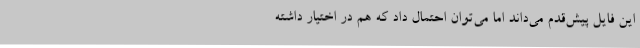
این فایل پیش‌قدم می‌داند اما می‌توان احتمال داد که هم در اختیار داشته